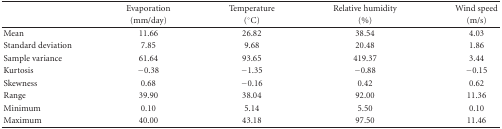
<table><thead><tr><td><b> </b></td><td><b>Evaporation</b></td><td><b>Temperature</b></td><td><b>Relative humidity</b></td><td><b>Wind speed</b></td></tr><tr><td></td><td><b>(mm/day)</b></td><td><b>(°C)</b></td><td><b>(%)</b></td><td><b>(m/s)</b></td></tr></thead><tbody><tr><td>Mean</td><td>11.66</td><td>26.82</td><td>38.54</td><td>4.03</td></tr><tr><td>Standard deviation</td><td>7.85</td><td>9.68</td><td>20.48</td><td>1.86</td></tr><tr><td>Sample variance</td><td>61.64</td><td>93.65</td><td>419.37</td><td>3.44</td></tr><tr><td>Kurtosis</td><td>−0.38</td><td>−1.35</td><td>−0.88</td><td>−0.15</td></tr><tr><td>Skewness</td><td>0.68</td><td>−0.16</td><td>0.42</td><td>0.62</td></tr><tr><td>Range</td><td>39.90</td><td>38.04</td><td>92.00</td><td>11.36</td></tr><tr><td>Minimum</td><td>0.10</td><td>5.14</td><td>5.50</td><td>0.10</td></tr><tr><td>Maximum</td><td>40.00</td><td>43.18</td><td>97.50</td><td>11.46</td></tr></tbody></table>